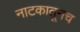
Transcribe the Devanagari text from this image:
नाटकातूनच